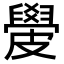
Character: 𥀣